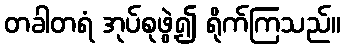
တခါတရံ အုပ်စုဖွဲ့၍ ရိုက်ကြသည်။